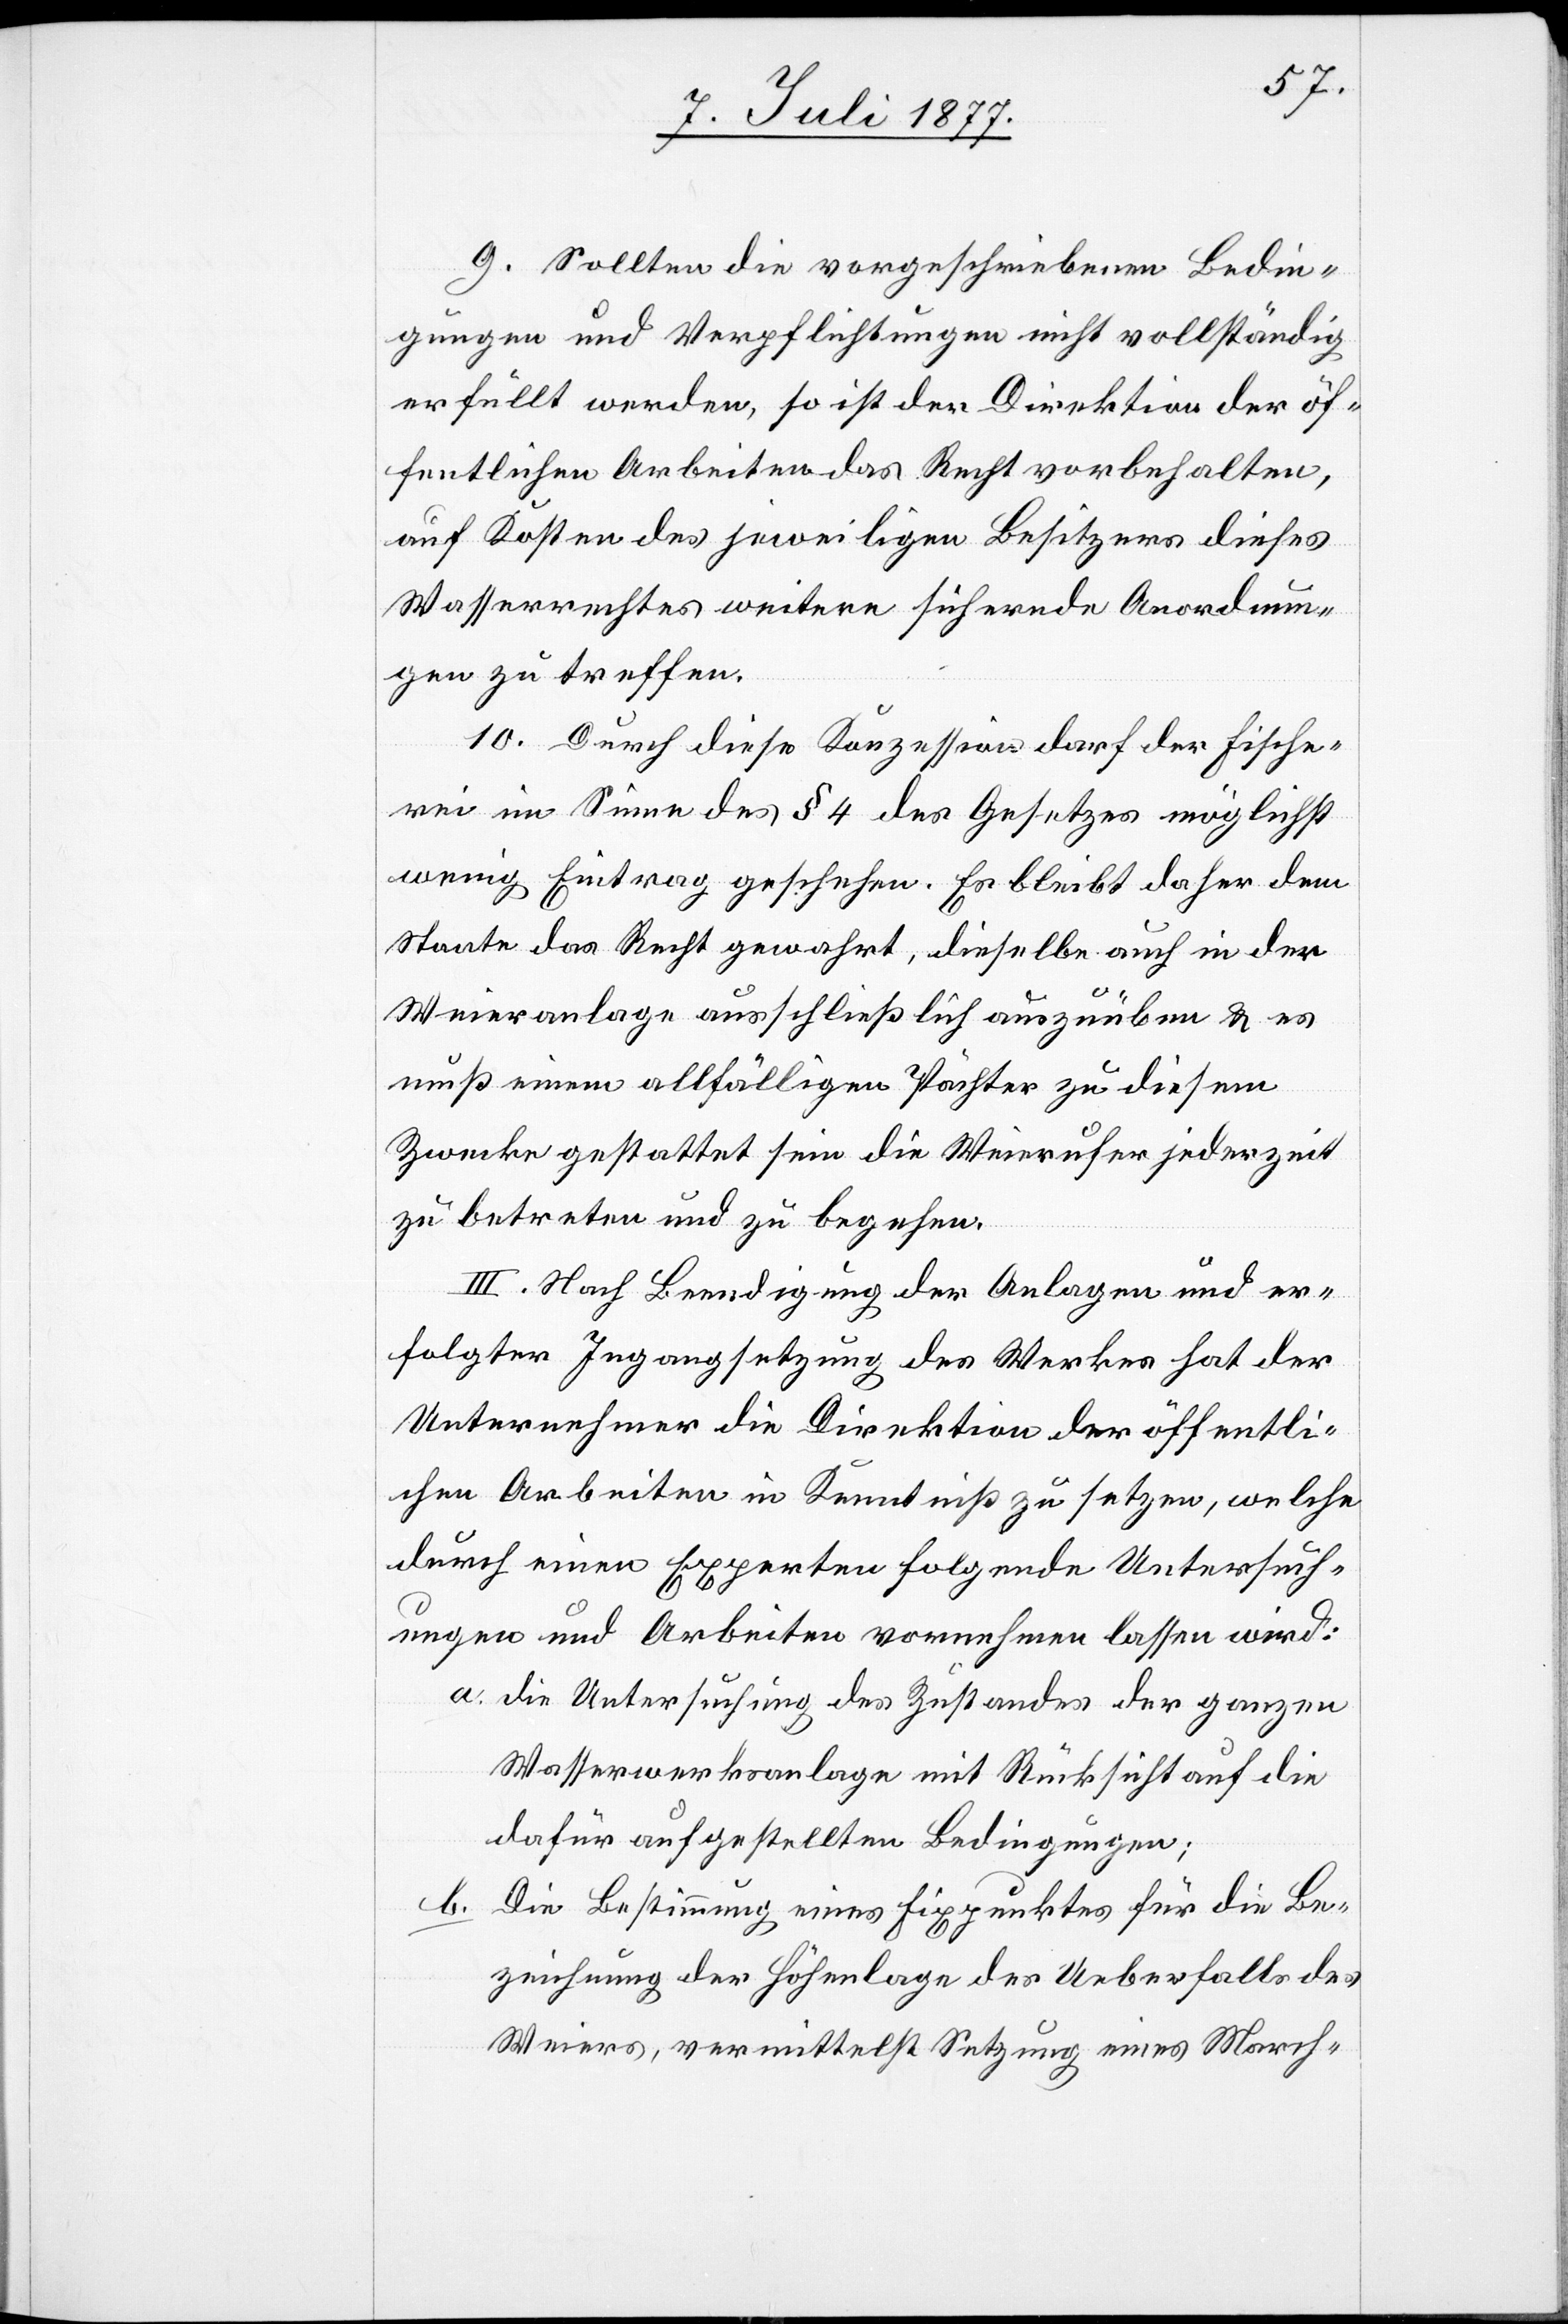
9. Sollten die vorgeschriebenen Bedin¬
gungen und Verpflichtungen nicht vollständig
erfüllt werden, so ist der Direktion der öf¬
fentlichen Arbeiten das Recht vorbehalten,
auf Kosten des jeweiligen Besitzers dieses
Wasserrechtes weitere sichernde Anordnun¬
gen zu treffen.
10. Durch diese Konzession darf der Fische¬
rei im Sinne des § 4 des Gesetzes möglichst
wenig Eintrag geschehen. Es bleibt daher dem
Staate das Recht gewahrt, dieselbe auch in der
Weieranlage ausschließlich auszuüben & es
muß einem allfälligen Pächter zu diesem
Zwecke gestattet sein die Weierufer jederzeit
zu betreten und zu begehen.
III. Nach Beendigung der Anlagen und er¬
folgter Ingangsetzung des Werkes hat der
Unternehmer die Direktion der öffentli¬
chen Arbeiten in Kenntniß zu setzen, welche
durch einen Experten folgende Untersuch¬
ungen und Arbeiten vornehmen lassen wird:
die Untersuchung des Zustandes der ganzen
Wasserwerksanlage mit Rücksicht auf die
dafür aufgestellten Bedingungen;
Die Bestimmung eines Fixpunktes für die Be¬
zeichnung der Höhenlage des Ueberfalls des
Weiers, vermittelst Setzung eines March-